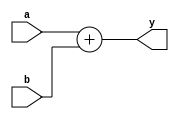
module alu
    ( input wire[7:0] a
    , input wire[7:0] b
    
    , output wire[7:0] y
    );

assign y = a + b;

endmodule